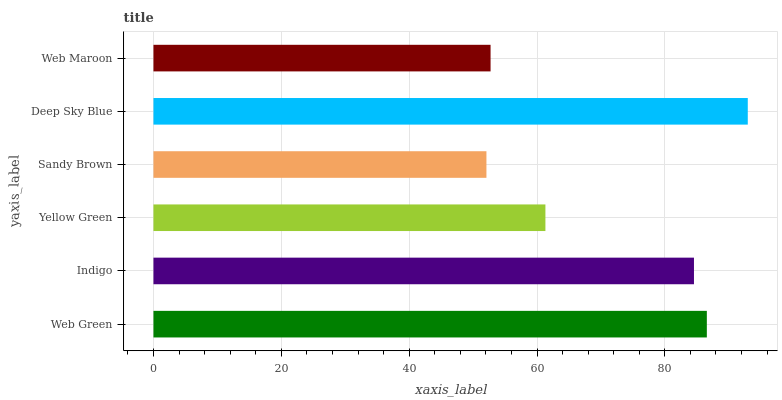
| yaxis_label | bars |
 | --- | --- |
 | Web Green | 86.6 |
 | Indigo | 84.6 |
 | Yellow Green | 61.3 |
 | Sandy Brown | 52.1 |
 | Deep Sky Blue | 93 |
 | Web Maroon | 52.7 |